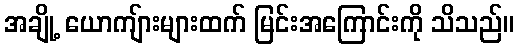
အချို့ ယောကျ်ားများထက် မြင်းအကြောင်းကို သိသည်။